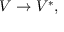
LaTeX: V \to V ^ { * } ,